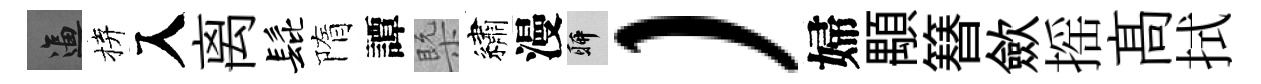
逼拚入离髭隋譚槩繡漫聊）婦顒簮歛摇髙拭